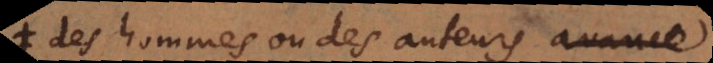
des hommes ou des auteurs avance,